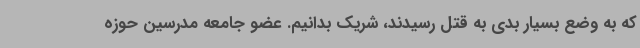
که به وضع بسیار بدی به قتل رسیدند، شریک بدانیم. عضو جامعه مدرسین حوزه